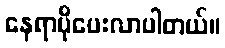
နေရာပိုပေးလာပါတယ်။